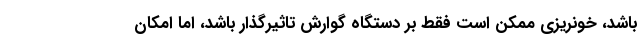
باشد، خونریزی ممکن است فقط بر دستگاه گوارش تاثیرگذار باشد، اما امکان